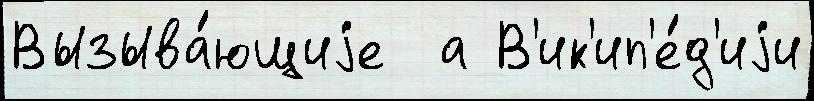
Вызыва́ющиjе  а В'ик'ип'е́д'иjи